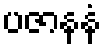
ပဇာနနံ